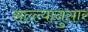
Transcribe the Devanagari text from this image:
सल्ल्‍यानुसार